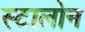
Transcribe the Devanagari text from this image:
स्टालोन